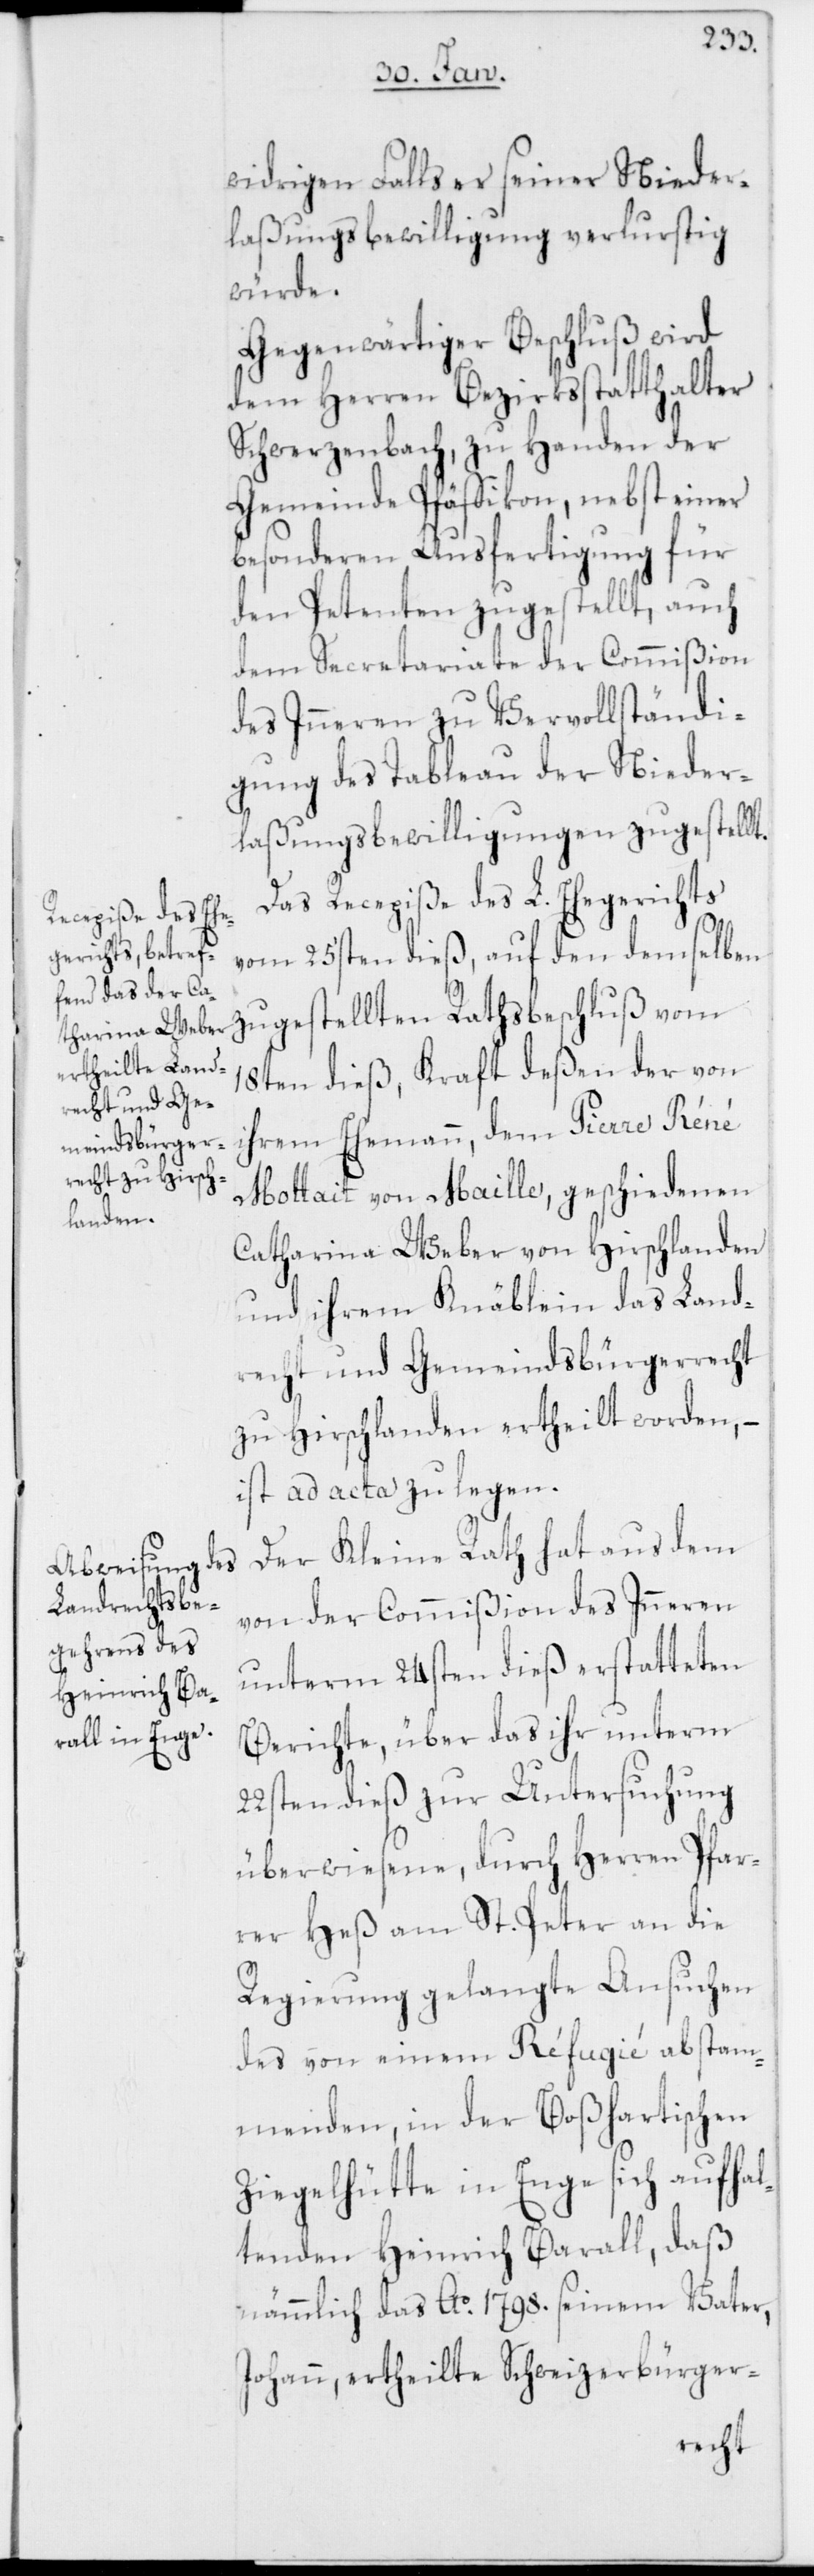
widrigen Falls er seiner Nieder¬
laßungsbewilligung verlurstig
würde.
Gegenwärtiger Beschluß wird
dem Herren Bezirksstatthalter
Schwerzenbach, zu Handen der
Gemeinde Pfäffikon, nebst einer
besonderen Ausfertigung für
den Petenten zugestellt, auch
dem Secretariate der Commißion
des Inneren zu Vervollständi¬
gung des Tableau der Nieder¬
laßungsbewilligungen zugestellt.
Das Recepiße des L. Ehegerichts
vom 25sten dieß, auf den demselben
zugestellten Rathsbeschluß vom
18ten dieß, Kraft deßen der von
ihrem Ehemann, dem Pierre Réné
Mottait von Maille, geschiedenen
Catharina Weber von Hirschlanden
und ihrem Knäblein das Land¬
recht und Gemeindsbürgerrecht
zu Hirschlanden ertheilt worden, –
ist ad acta zu legen.
Der Kleine Rath hat aus dem
von der Commißion des Inneren
unterm 24sten dieß erstatteten
Berichte, über das ihr unterm
22sten dieß zur Untersuchung
überwiesene, durch Herren Pfar¬
rer Heß am St. Peter an die
Regierung gelangte Ansuchen
des von einem Réfugié abstam¬
menden, in der Boßhartischen
Ziegelhütte in Enge sich aufhal¬
tenden Heinrich Barall, daß
nämmlich das Ao. 1798. seinem Vater,
Johann, ertheilte Schweizerbürger-